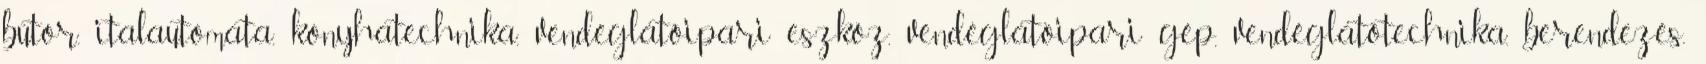
bútor, italautomata, konyhatechnika, vendéglátóipari eszköz, vendéglátóipari gép, vendéglátótechnika, berendezés,